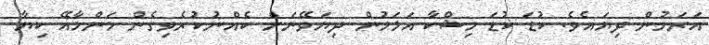
އަރަމުން ދިޔައެވެ. ކުޑަ ކުޑަ މިޝްކާ އަޅަމުން ދިޔަވޭނަށް ކެއްނުކުރެވިގެން މަންމާއޭ ކިޔާ